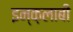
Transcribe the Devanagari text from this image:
इन्क़लाबी